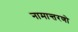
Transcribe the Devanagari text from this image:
नामान्तरणो